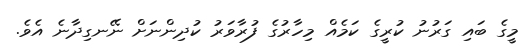
މީގެ ބައި ގަރުނު ކުރީގެ ކަމެއް މިހާރުގެ ފުރާވަރު ކުދިންނަށް ނޭނގިދާނެ އެވެ.